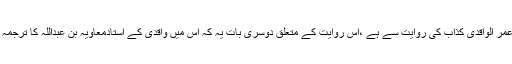
یہ حدیث بھی محمد بن عمر الواقدی کذاب کی روایت سے ہے ،اس روایت کے متعلق دوسری بات یہ کہ اس میں واقدی کے استادمعاویہ بن عبداللہ کا ترجمہ میں تلاش نہیں کرسکا ۔